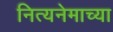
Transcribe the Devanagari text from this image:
नित्यनेमाच्या